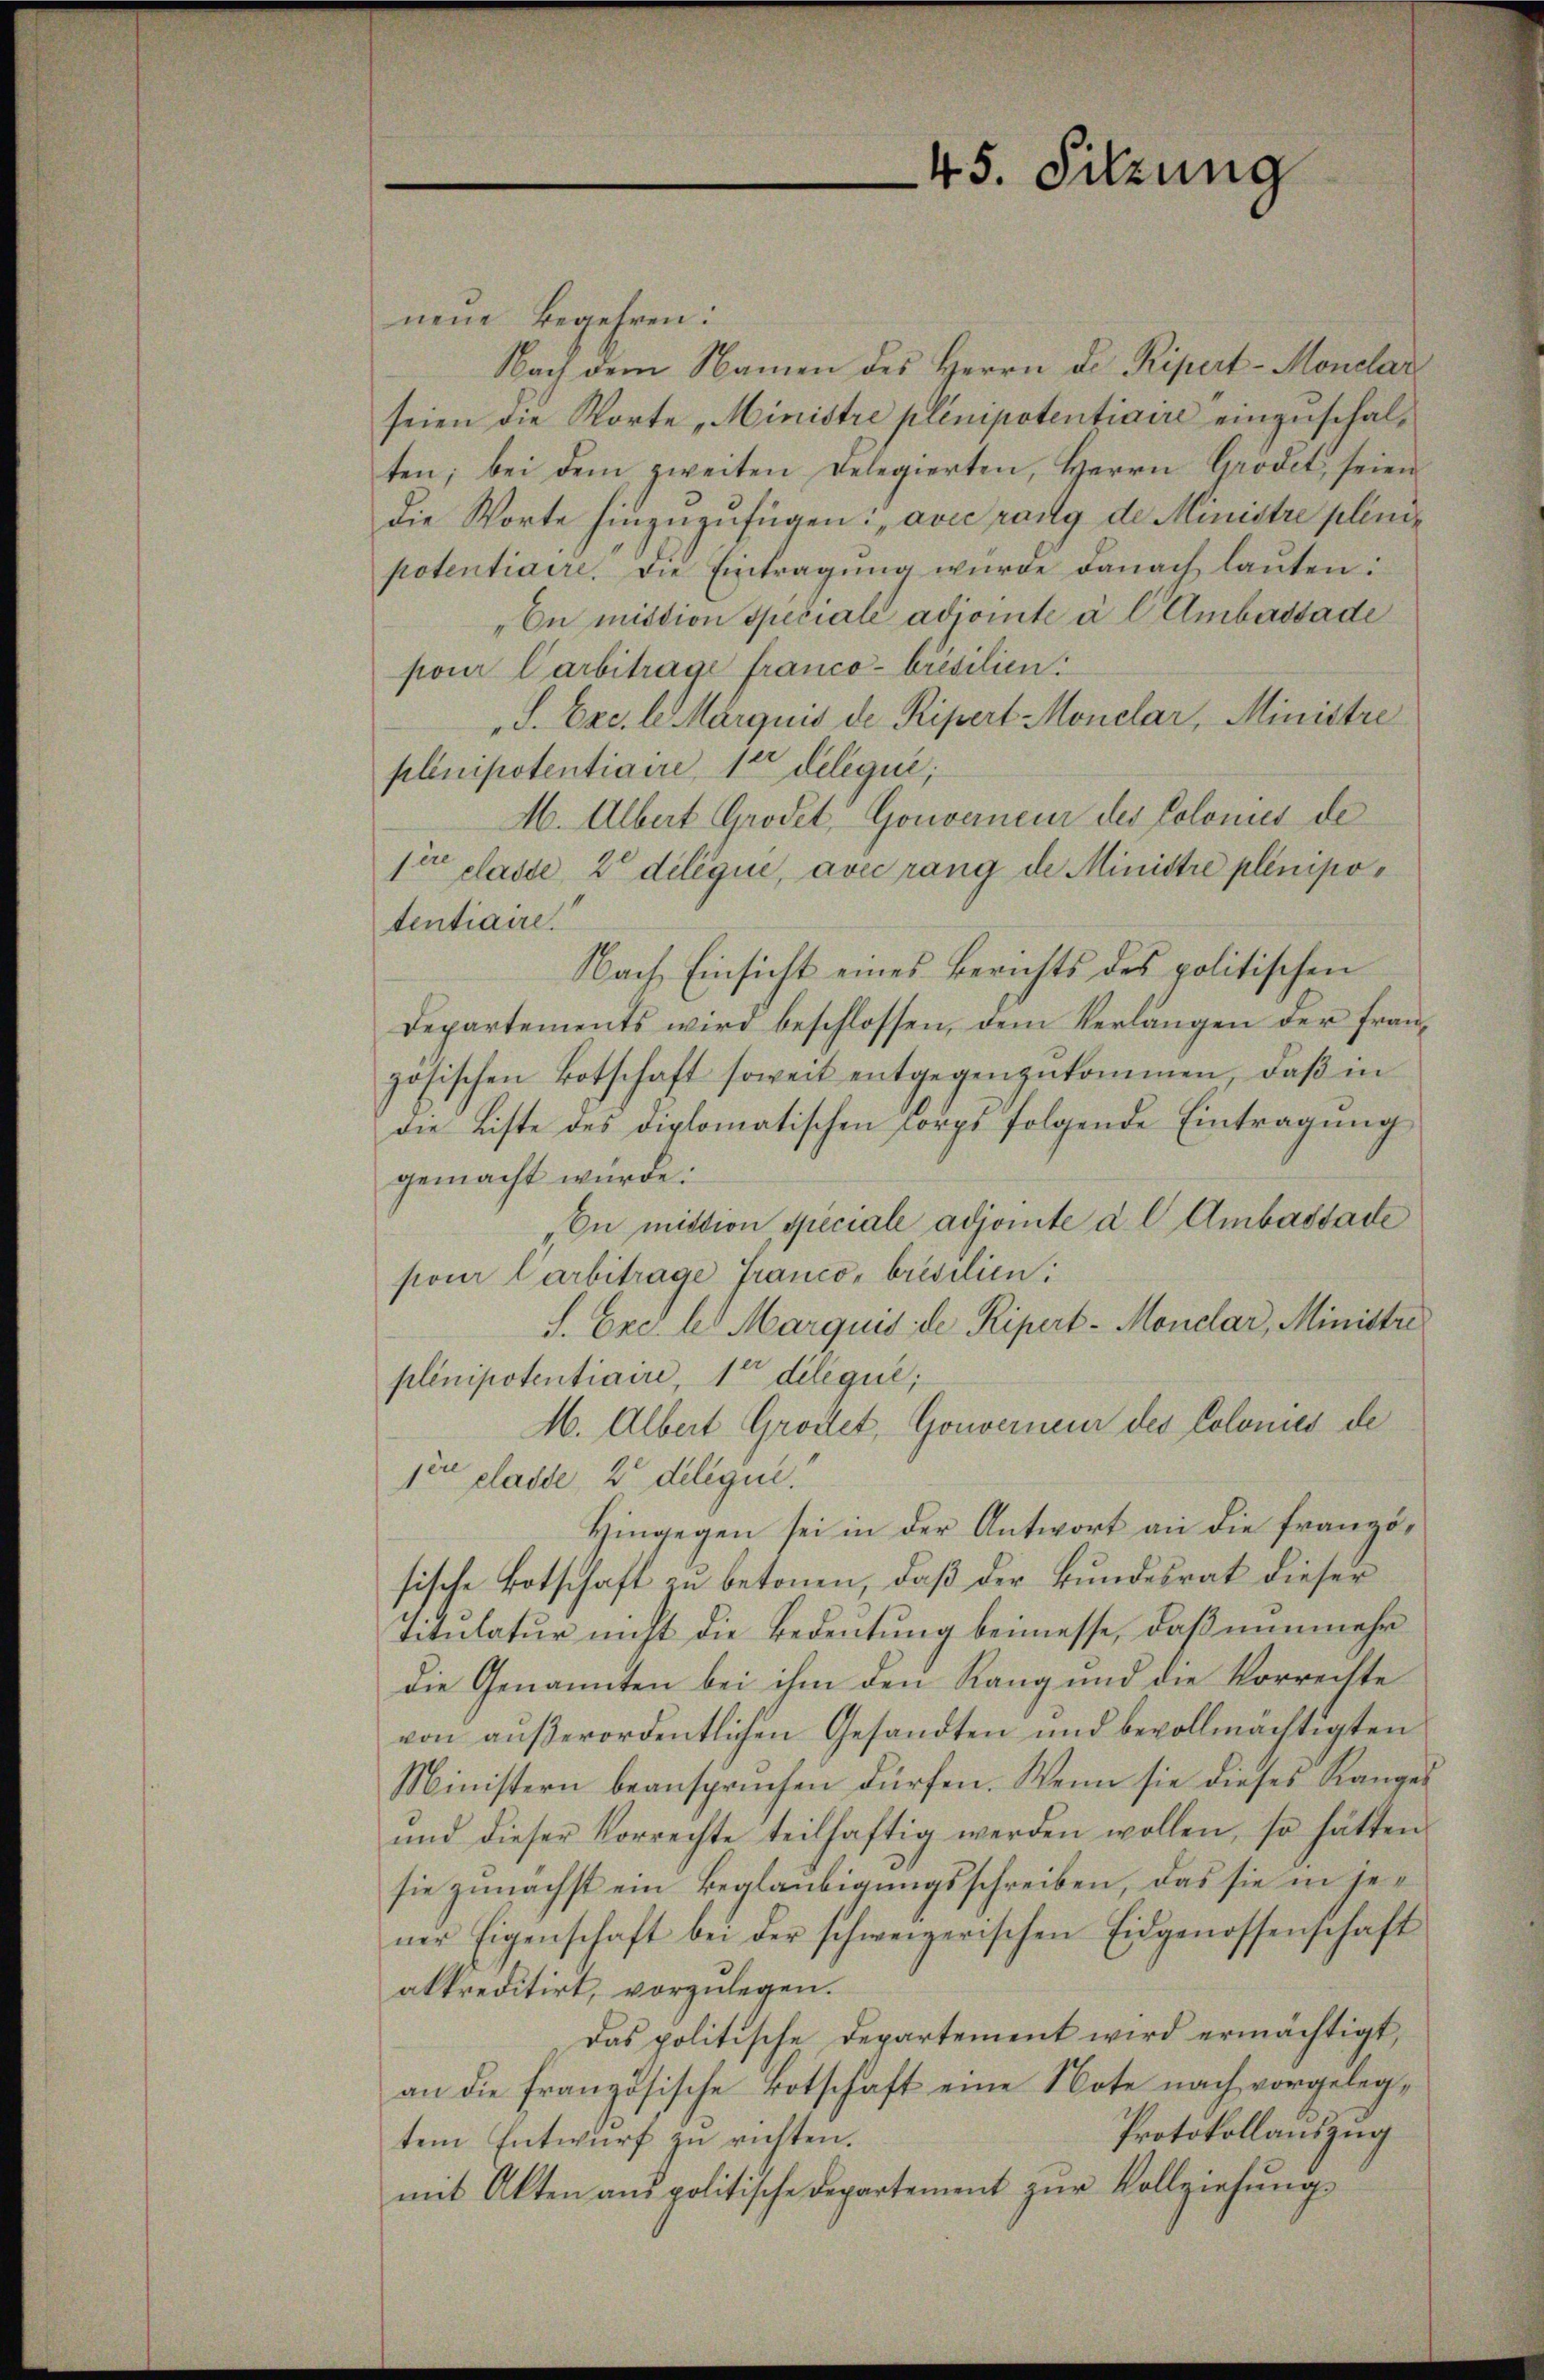
45. Sitzung

neue Begehren:
Nach dem Namen des Herrn D. Repert-Monelar
seien die Worte Ministre plenipotentiaire einzuschalten; bei dem zweiten Relegierten, Herrn Grodet, seien
die Worte hinzuzufügen: „avec rang der Ministre plinipotentiaire, die Eintragŭng würde danach laŭten:
„En mittion speciale adjointe à l Ambassade
pour Carbitrage franco- Présilien.
S. Exc. l. Marquis de Ripert Monelar, Ministre
plnipotentiaire, 12 deliqui;
M. Albert Grodel, Gouverneur des Colonies de
sire classe, 2 diléqui, avec rang der Ministre plenipotentiaire.
Nach Einsicht eines Berichts des politischen
Departements wird beschlossen, dem Verlangen der fran-
zösischen Botschaft soweit entgegengekommen, daβ in
die Liste des diplomatischen Corps folgende Eintragung
gemacht würde.
„En mittion, speciale adjointe a l Ambassade
pour Carbitrage Franco- brésilien:
S. Exc. les Marquis de Ripert-Monelar, Ministri
plinipotentiaire, 1ten delique;
M. Albert Grottet, Gouverneur des Colonies de
1er classe, 2 delique.
Hingegen sei in der Antwort an die französische Botschaft zu betonen, daß der Bundesrat dieser
Titulatur nicht die Bedeutung beimesse, daß nunmehr
die Genannten bei ihm den Rang und die Vorrechte
von außerordentlichen Gesandten und bevollmächtigten
Ministern beansprüchen dürfen. Wenn sie dieses Ranges
ŭnd dieser Vorrechte teilhaftig werden wollen, so hätten
sie zunächst ein Beglaubigungsschreiben, das sie in jener Eigenschaft bei der schweizerischen Eidgenossenschaft
akkreditirt, vorzulegen.
Das politische Departement wird ermächtigt,
an die französische Botschaft eine Note nach vorgeleg¬
Protokollauszug
tem Entwurf zu richten.
mit Akten ans politische Departement zŭr Vollziehŭng